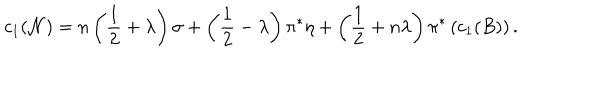
c _ { 1 } ( { \cal N } ) = n \left( { \frac { 1 } { 2 } } + \lambda \right) \sigma + \left( { \frac { 1 } { 2 } } - \lambda \right) \pi ^ { * } \eta + \left( { \frac { 1 } { 2 } } + n \lambda \right) \pi ^ { * } \left( c _ { 1 } ( B ) \right) .